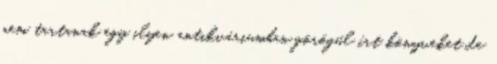
nem tartanak egy ilyen antikváriumban görögül írt könyveket de